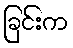
ခြင်းက